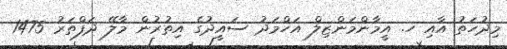
މިދުހަތު އާއި ހ. އީމާންމަންޒިލް އަހްމަދު ސައީދުގެ އިތުރުން މާލޭ ދަފްތަރު 1475